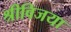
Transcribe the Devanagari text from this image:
श्रीविजया